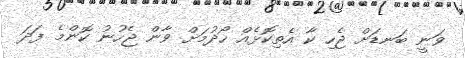
ވަނީ ބަނޑަށް ޖެހި ކާ އެތިކޮޅެއް ހޯދުމަށް ވާން ޖެހުނު ކޮންމެ ފަދަ